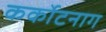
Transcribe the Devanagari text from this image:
कर्कोटनाग